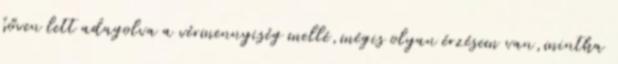
bőven lett adagolva a vérmennyiség mellé,mégis olyan érzésem van,mintha